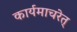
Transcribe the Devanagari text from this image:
कार्यमाचरेत्